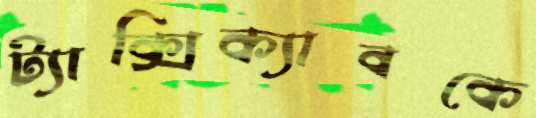
ট্যাক্সিক্যাবকে